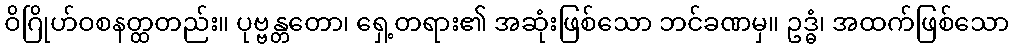
ဝိဂြိုဟ်ဝစနတ္ထတည်း။ ပုဗ္ဗန္တတော၊ ရှေ့တရား၏ အဆုံးဖြစ်သော ဘင်ခဏမှ။ ဥဒ္ဓံ၊ အထက်ဖြစ်သော